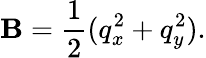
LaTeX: \mathbf{B}=\frac{1}{2}(q_{x}^{2}+q_{y}^{2}).